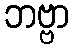
ဘဗ္ဗာ